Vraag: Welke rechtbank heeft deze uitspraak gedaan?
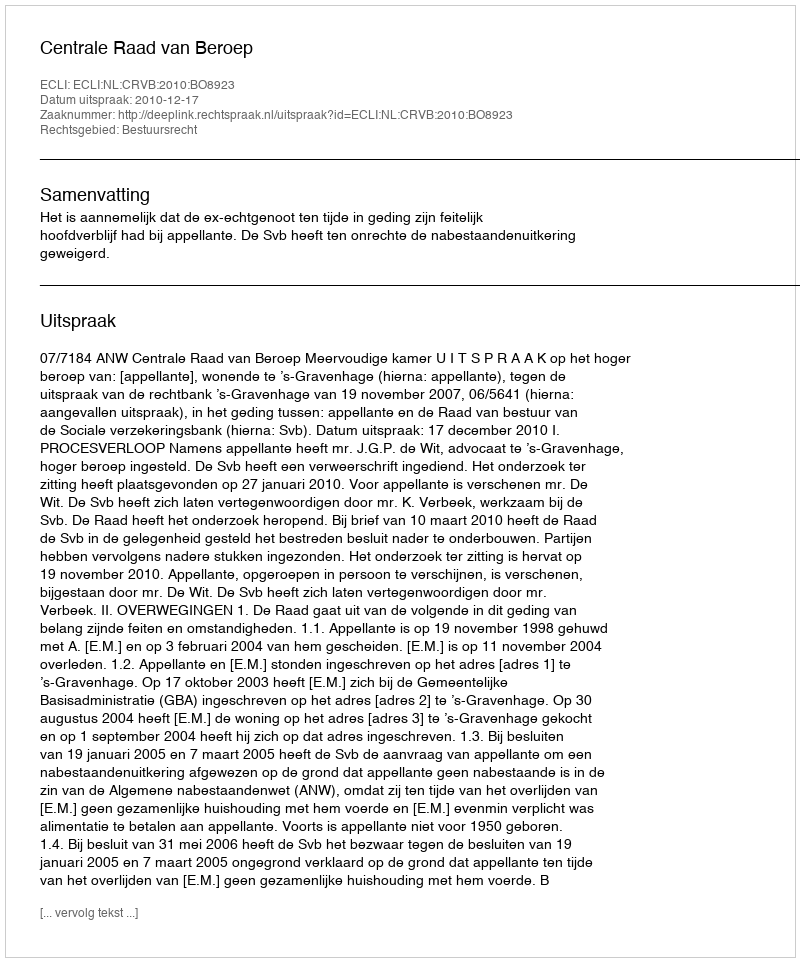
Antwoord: Centrale Raad van Beroep